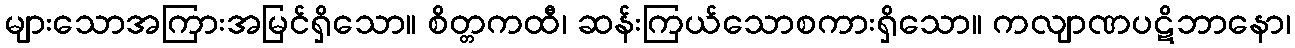
များသောအကြားအမြင်ရှိသော။ စိတ္တကထီ၊ ဆန်းကြယ်သောစကားရှိသော။ ကလျာဏပဋိဘာနော၊